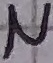
Text: N